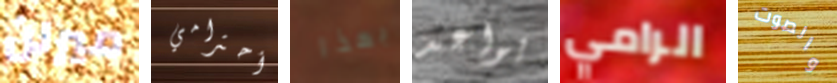
ميرلن أحترامي بهذا يواعد الرامي والصوت